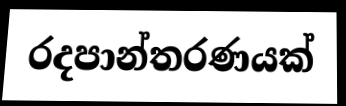
රදපාන්තරණයක්